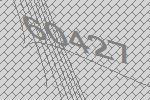
60427